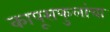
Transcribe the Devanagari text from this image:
कापूसफुलांचा